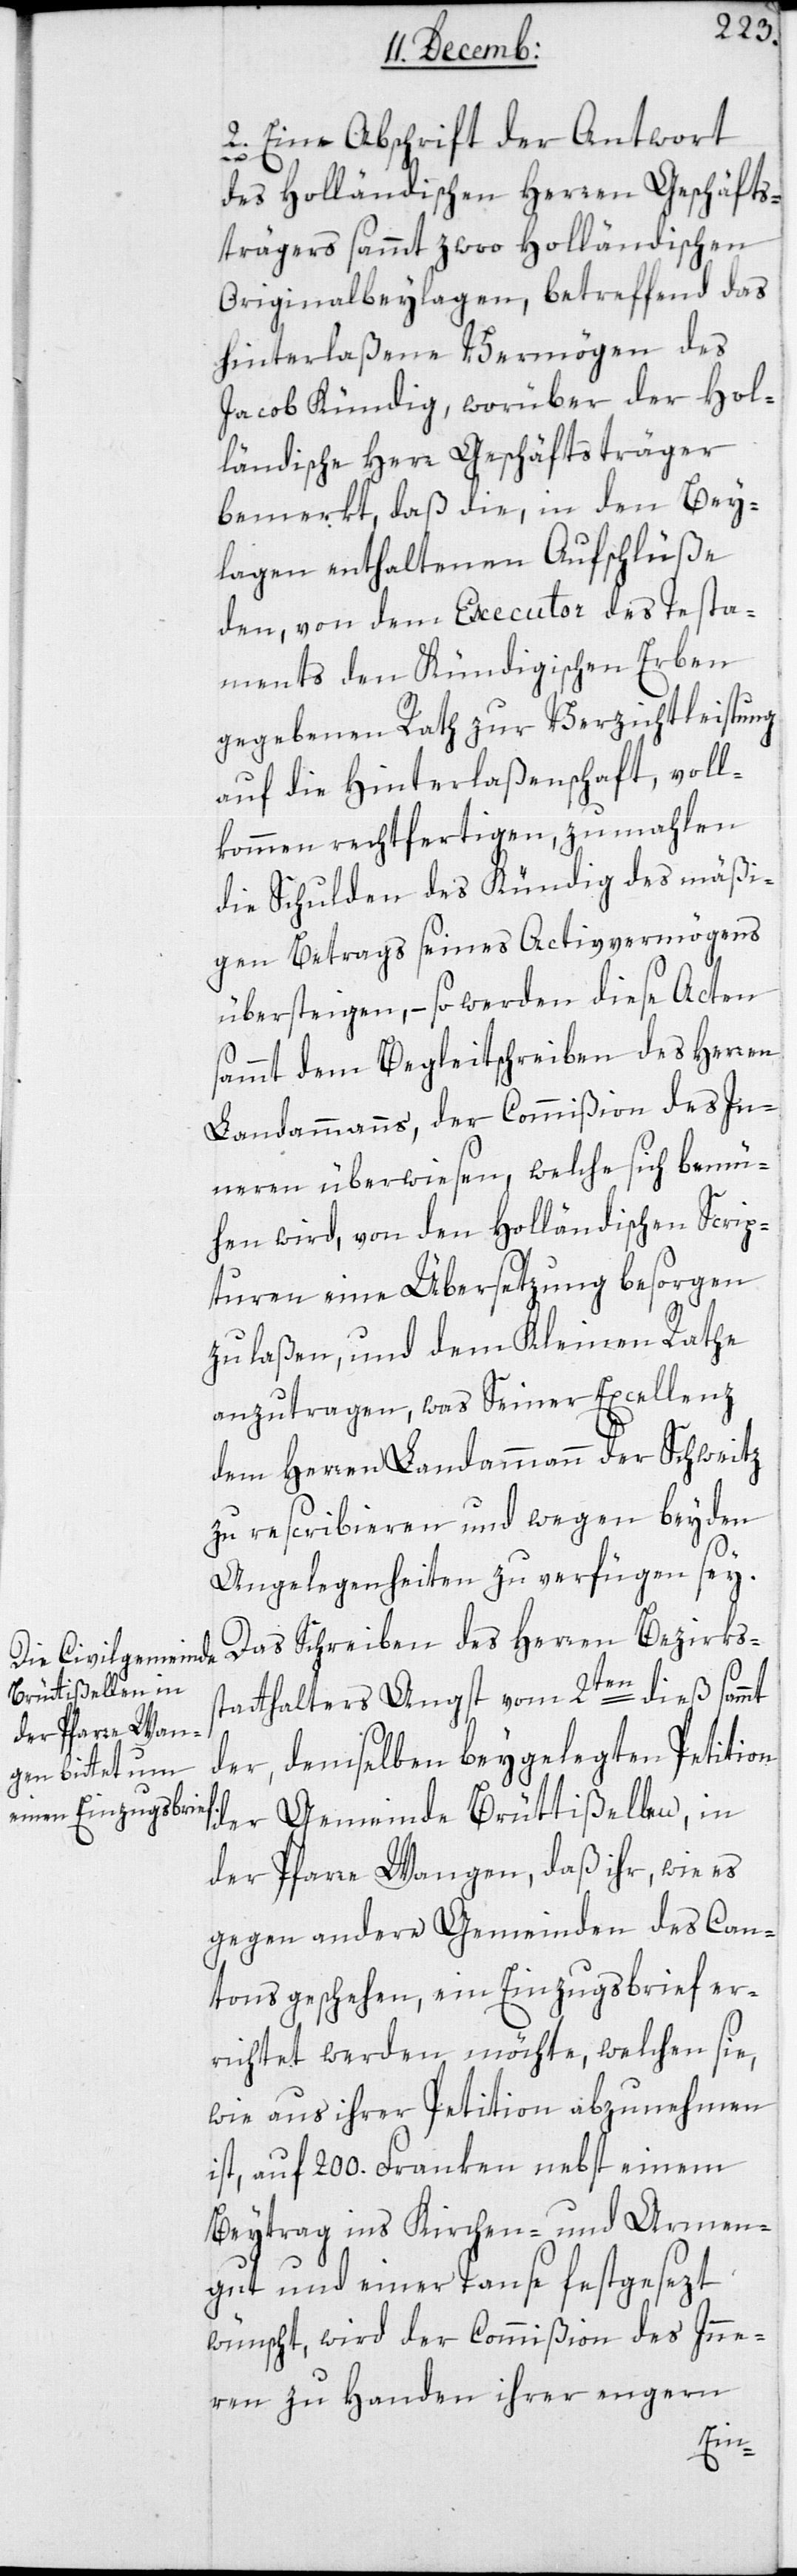
2. Eine Abschrift der Antwort
des Holländischen Herren Geschäfts¬
trägers sammt zwoo Holländischen
Originalbeylagen, betreffend das
hinterlaßene Vermögen des
Jacob Kündig, worüber der Hol¬
ländische Herr Geschäftsträger
bemerkt, daß die, in den Bey¬
lagen enthaltenen Aufschlüße
den, von dem Executor des Testa¬
ments den Kündigischen Erben
gegebenen Rath zur Verzichtleistung
auf die Hinterlaßenschaft, voll¬
kommen rechtfertigen, zumahlen
die Schulden des Kündig des mäßi¬
gen Betrags seines Activvermögens
übersteigen, – so werden diese Acten
sammt dem Begleitschreiben des Herren
Landammanns, der Commißion des In¬
neren überwiesen, welche sich bemü¬
hen wird, von den Holländischen Scrip¬
turen eine Übersetzung besorgen
zu laßen, und dem Kleinen Rathe
anzutragen, was Seiner Excellenz
dem Herren Landammann der Schweitz
zu rescribieren und wegen beyden
Angelegenheiten zu verfügen sey.
Das Schreiben des Herren Bezirkss¬
tatthalters Angst vom 2ten dieß sammt
der, demselben beigelegten Petition
der Gemeinde Brüttißellen, in
der Pfarre Wangen, daß ihr, wie es
gegen andere Gemeinden des Can¬
tons geschehen, ein Einzugsbrief er¬
richtet werden möchte, welchen sie,
wie aus ihrer Petition abzunehmen
ist, auf 200. Franken nebst einem
Beytrag ins Kirchen- und Armen¬
gut, und einer Tanse festgesezt
wünscht, wird der Commißion des Inne¬
ren zu Handen ihrer engern